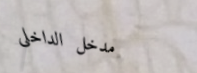
مدخل الداخلي